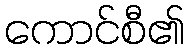
ကောင်စီ၏